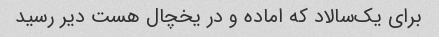
برای یک‌سالاد که اماده و در یخچال هست دیر رسید